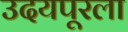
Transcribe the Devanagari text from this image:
उदयपूरला